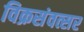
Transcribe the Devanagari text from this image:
विक्रसंवत्सर